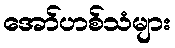
အော်ဟစ်သံများ